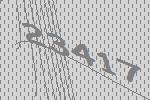
23417